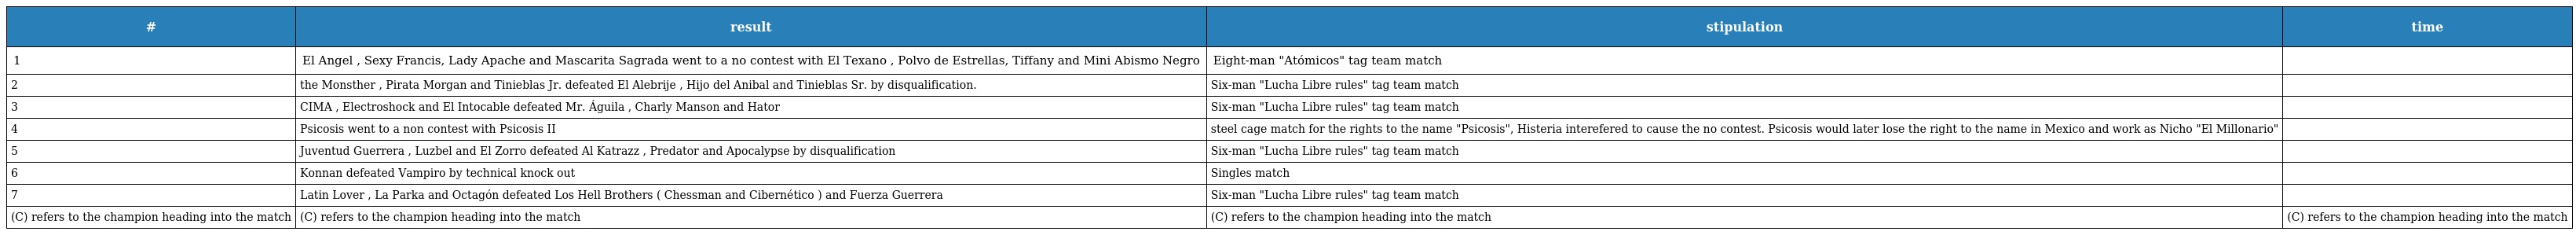
| # | result | stipulation | time |
 | --- | --- | --- | --- |
 | 1 | El Angel , Sexy Francis, Lady Apache and Mascarita Sagrada went to a no contest with El Texano , Polvo de Estrellas, Tiffany and Mini Abismo Negro | Eight-man "Atómicos" tag team match |  |
 | 2 | the Monsther , Pirata Morgan and Tinieblas Jr. defeated El Alebrije , Hijo del Anibal and Tinieblas Sr. by disqualification. | Six-man "Lucha Libre rules" tag team match |  |
 | 3 | CIMA , Electroshock and El Intocable defeated Mr. Águila , Charly Manson and Hator | Six-man "Lucha Libre rules" tag team match |  |
 | 4 | Psicosis went to a non contest with Psicosis II | steel cage match for the rights to the name "Psicosis", Histeria interefered to cause the no contest. Psicosis would later lose the right to the name in Mexico and work as Nicho "El Millonario" |  |
 | 5 | Juventud Guerrera , Luzbel and El Zorro defeated Al Katrazz , Predator and Apocalypse by disqualification | Six-man "Lucha Libre rules" tag team match |  |
 | 6 | Konnan defeated Vampiro by technical knock out | Singles match |  |
 | 7 | Latin Lover , La Parka and Octagón defeated Los Hell Brothers ( Chessman and Cibernético ) and Fuerza Guerrera | Six-man "Lucha Libre rules" tag team match |  |
 | (C) refers to the champion heading into the match | (C) refers to the champion heading into the match | (C) refers to the champion heading into the match | (C) refers to the champion heading into the match |